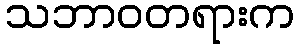
သဘာဝတရားက